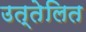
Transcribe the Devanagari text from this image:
उत्तेलित